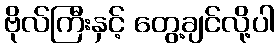
ဗိုလ်ကြီးနှင့် တွေ့ချင်လို့ပါ